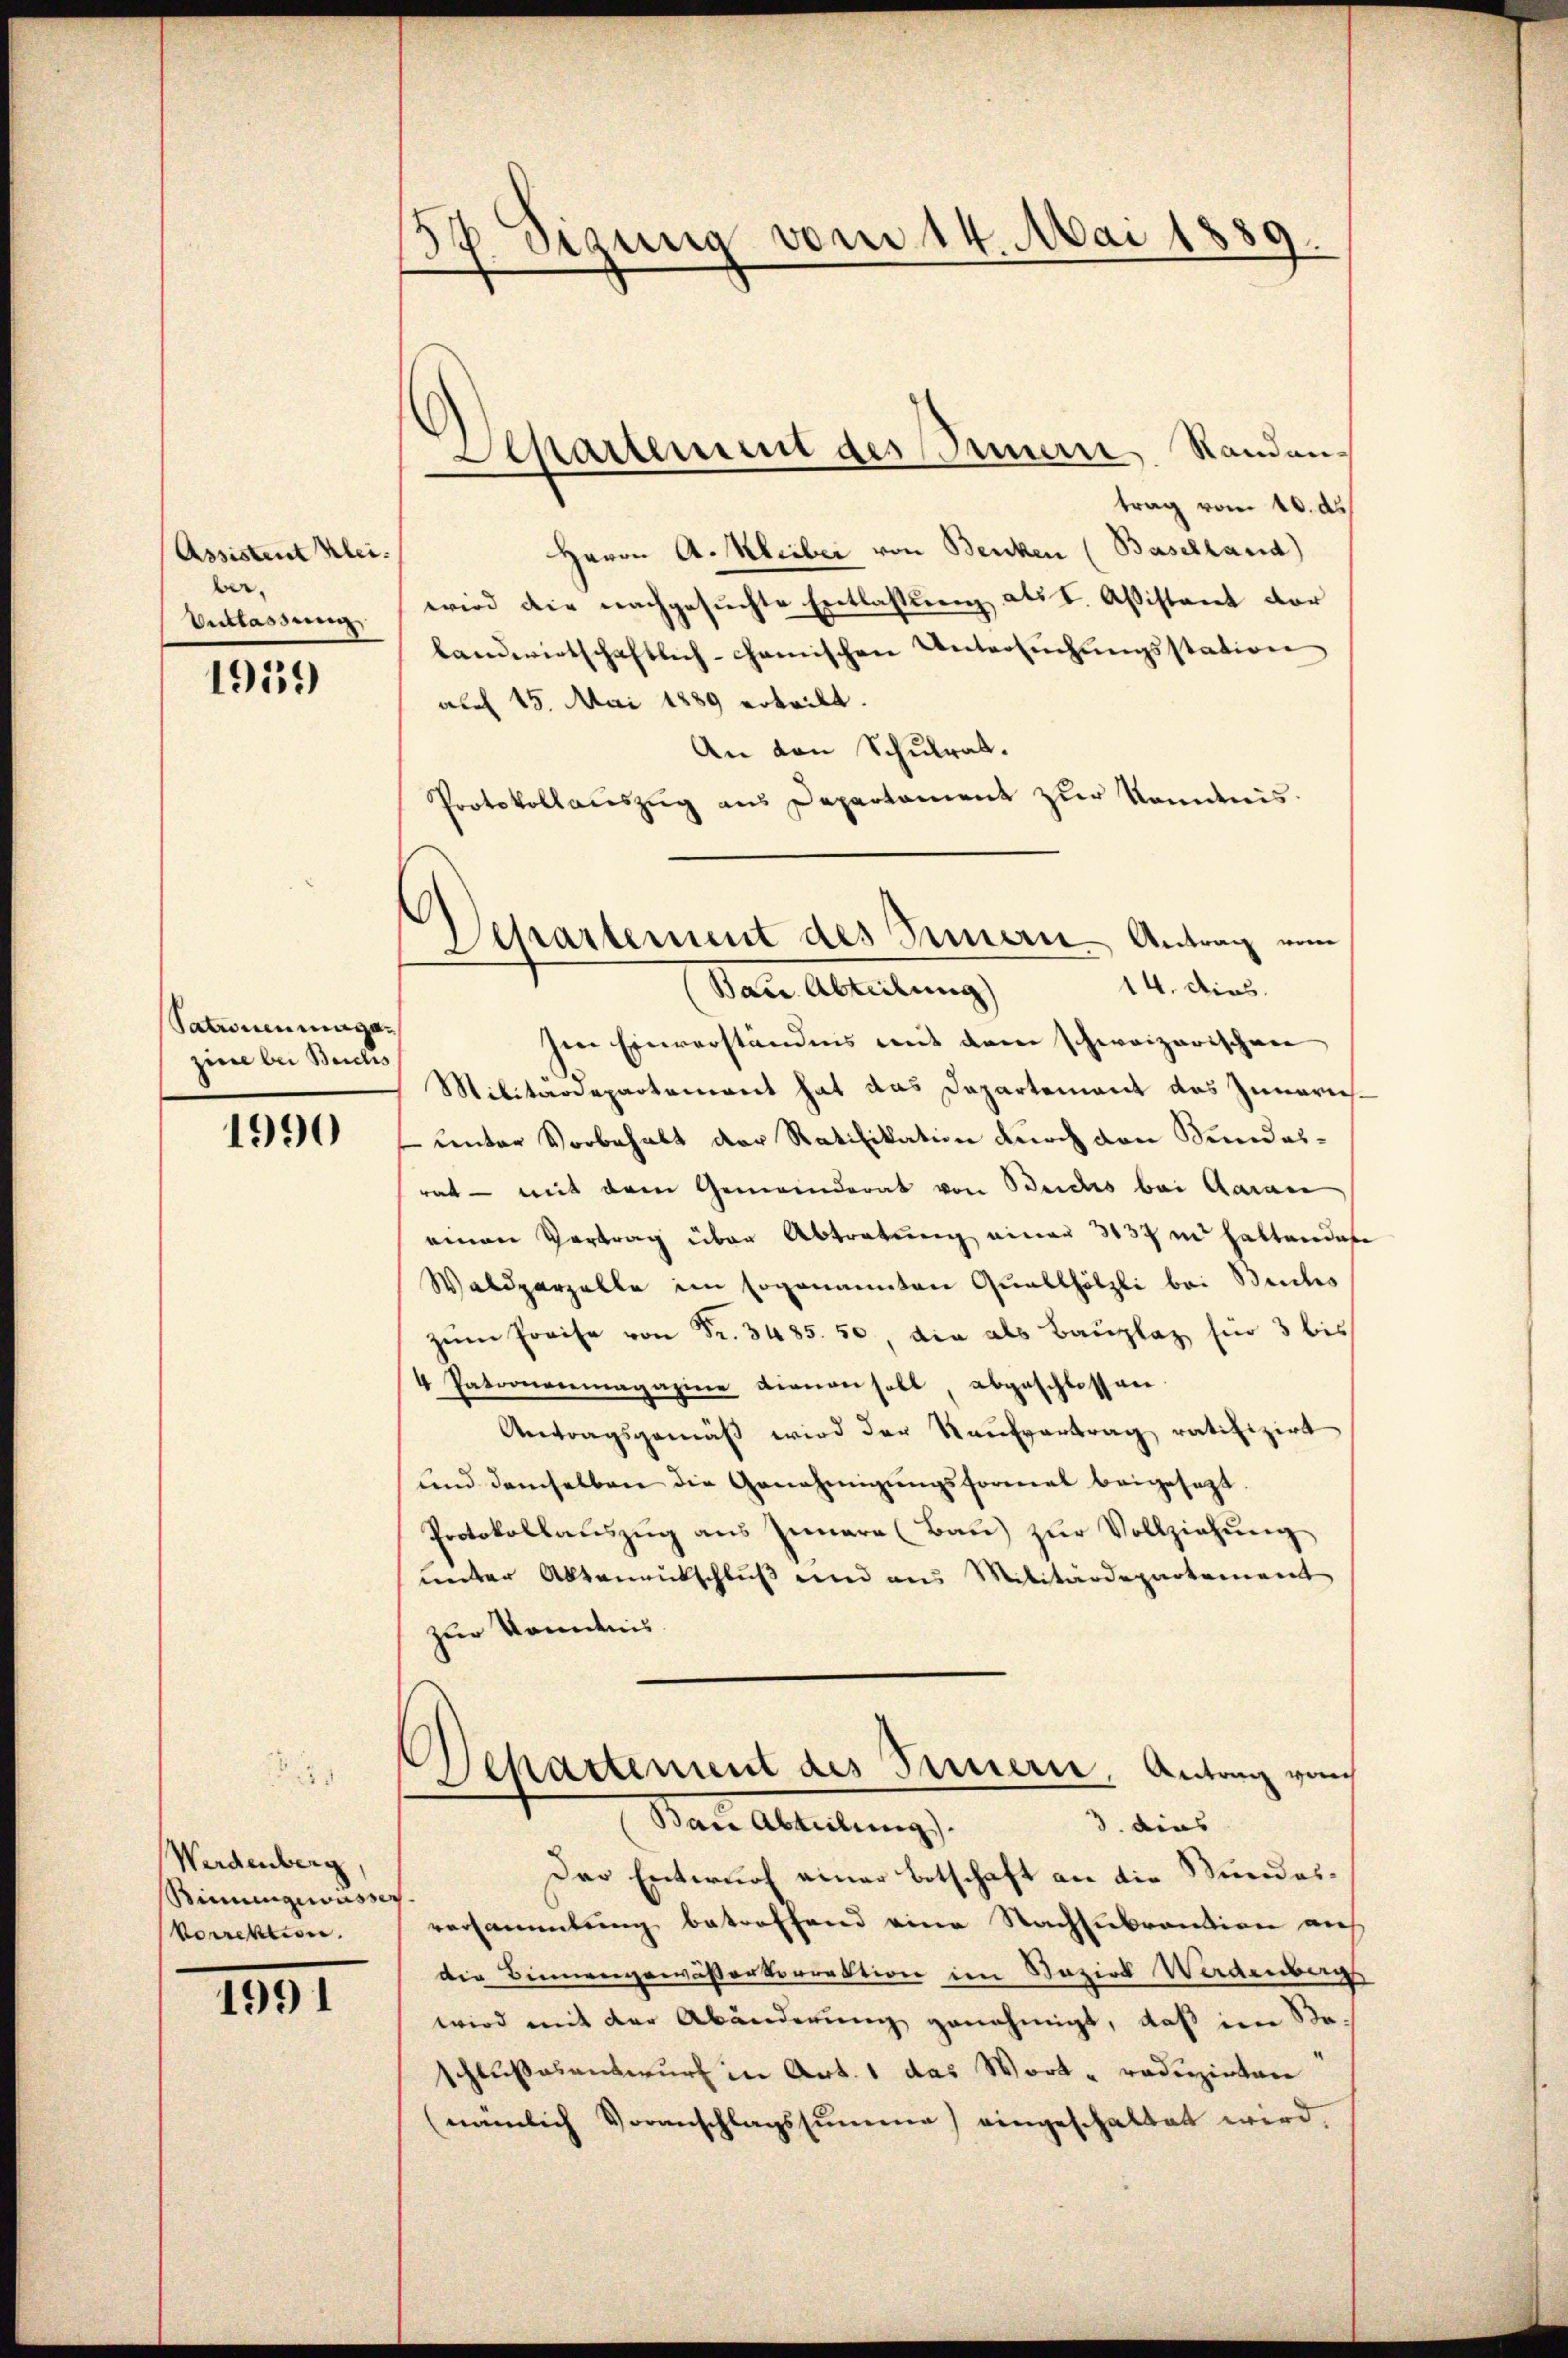
Assistent Kleiber.
Entlassung

1931)

Satronenmaga
ziere bei Beiches

1990

Werdenberg
Bimungewasse
Vorrektion.

1991

57. Sizung vom 14. Mai 1889.

Separtement des Innerer Standan¬

trag vom 16. ds
Herrn A. Kleiber von Benken (Baselland)
wird die nachgesŭchte Entlassung als I. Aßistant vor
landwirtschaftlich-chanischen Untersŭchŭngsstation
auch 15. Mai 1889 erteilt.
An den Schulrat.
Protokollauszug aus Departament zur Kondnis.
Im Einverständnis mit dem schweizerischen
Militärdepartement hat das Departement das Zuwarich¬
Center Vorbehalt der Ratifikation durch den Kundesrat - mit dem Gemeinderat von Beides bei Aarau
einen Vertrag über Abtratung einer 3137 in haltendere
Waldparzelle im sogenannten Quallhölzli bei Buchs
zŭm Preise von Fr. 3485. 50, die als Bauplaz für 3 bis
4 Patronenmagazine dienen soll, abgeschlossen
Antragsgemäß wird der Kaufvertrag ratifizirt
und demselben die Genehmigungsformal beigesetzt
Protokollauszug aus Innere (Bau) zŭr Vollziehung
unter Aktenausschluß und aus Militärdepartement
zur Kenntnis
Departement des Fernern, Antrag von
3. dies
Baue Altellung
Der Entwurf einer Botschaft an die Stundes¬
.
versammlung betreffend eine Nachtebrantion auf
die Bienengewässerkorrektion im Nazier Werdenberg
wird mit der Abänderung genehmigt, daß im Sta-
schlußesentwurf in Art. 1 das Wort- roduzirten
(nämlich Voranschlagssumme) eingeschaltet wird,

Departement des Innern Antrag vom
14. dies.
Baue Abteilung)